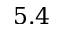
5 . 4